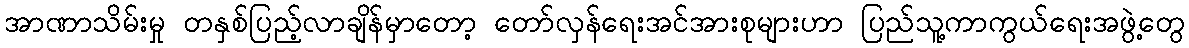
အာဏာသိမ်းမှု တနှစ်ပြည့်လာချိန်မှာတော့ တော်လှန်ရေးအင်အားစုများဟာ ပြည်သူ့ကာကွယ်ရေးအဖွဲ့တွေ